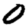
Digit: 0